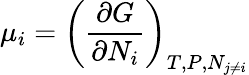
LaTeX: \mu_{i}=\left({\frac{\partial G}{\partial N_{i}}}\right)_{T,P,N_{j\neq i}}